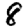
Digit: 8